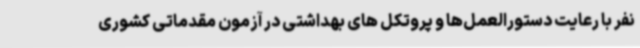
نفر با رعایت دستورالعمل‌ها و پروتکل های بهداشتی در آزمون مقدماتی کشوری